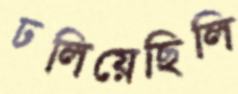
ঢলিয়েছিলি